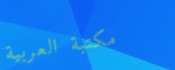
مكتبة العربية